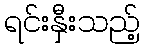
ရင်းနှီးသည့်